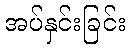
အပ်နှင်းခြင်း